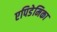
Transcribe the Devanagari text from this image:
एपिडेमिका